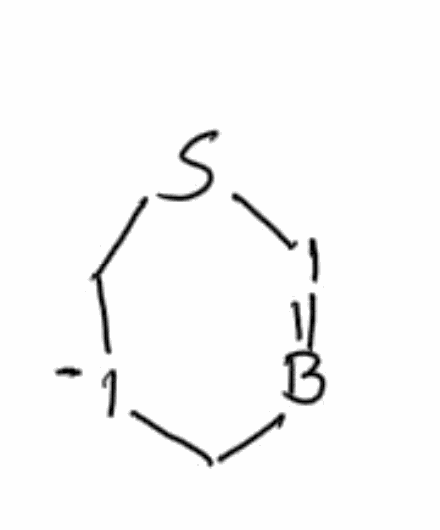
Simplified molecular-input line-entry system (SMILES) notation of the given molecule:
B1=ISC[I-]C1